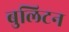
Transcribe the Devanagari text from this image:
बुलिटन